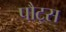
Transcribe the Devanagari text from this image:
पौट्स